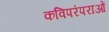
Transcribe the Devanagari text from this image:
कविपरंपराओं